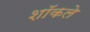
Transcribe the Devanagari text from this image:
शॉकले